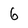
Character: 6